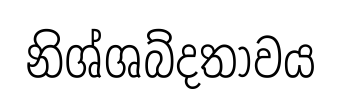
නිශ්ශබ්දතාවය